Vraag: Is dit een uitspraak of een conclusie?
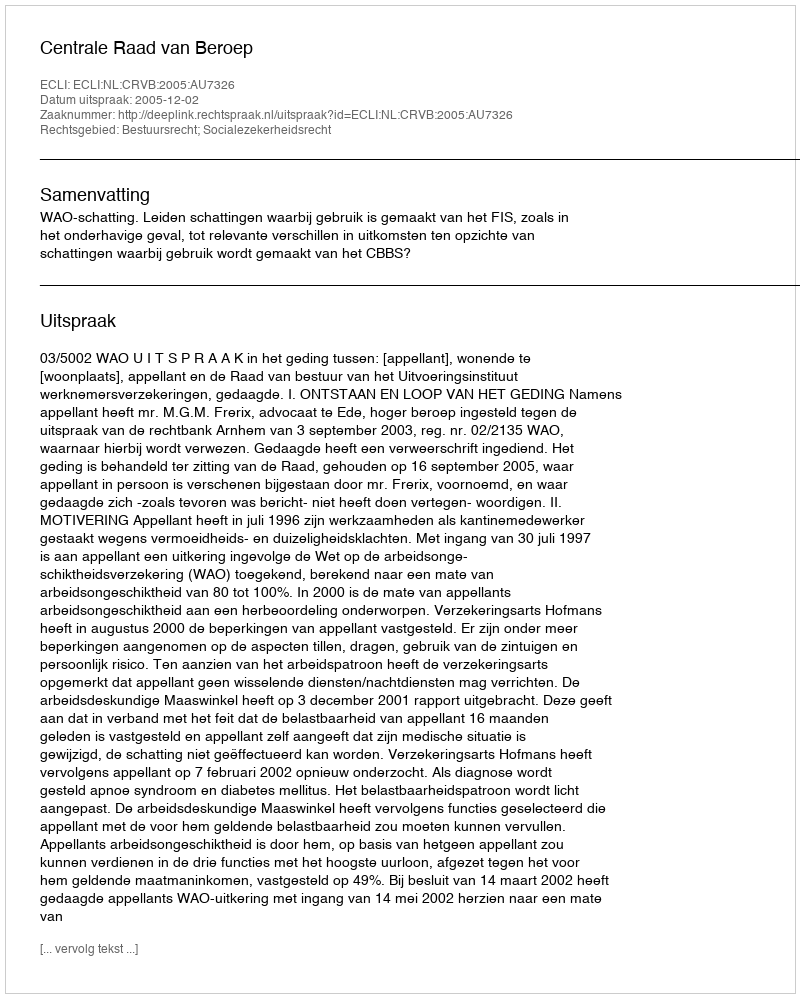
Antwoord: Uitspraak